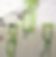
মরাস